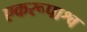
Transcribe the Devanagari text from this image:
एकरूपाश्व